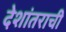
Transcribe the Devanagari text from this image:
देशांतराची